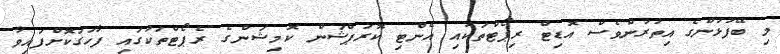
މި ބޭފުޅުންގެ އިތުރުންވެސް އޮޑިޓް ރިޕޯޓްތަކާއި އެންޓި ކޮރަޕްޝަން ކޮމިޝަންގެ ރެޕޯޓްތަކުގައި ފާހަގަކޮށްފައިވާ